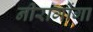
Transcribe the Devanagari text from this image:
नीरागोंगा